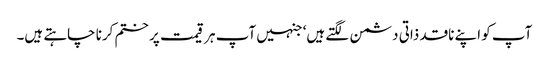
آپ کو اپنے ناقد ذاتی دشمن لگتے ہیں‘ جنہیں آپ ہر قیمت پر ختم کرنا چاہتے ہیں۔